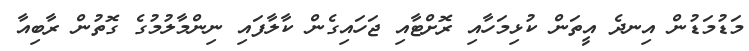
މަޑުމަޑުން އިނދެ އީތަން ކުޅިމަހާއި ރޮށްޓާއި ޖަހައިގެން ކާލާފައި ނިންމާލުމުގެ ގޮތުން ރާބިއާ